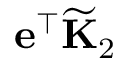
\mathbf { e } ^ { \top } \widetilde { \mathbf { K } } _ { 2 }